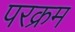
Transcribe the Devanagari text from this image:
परक्रम